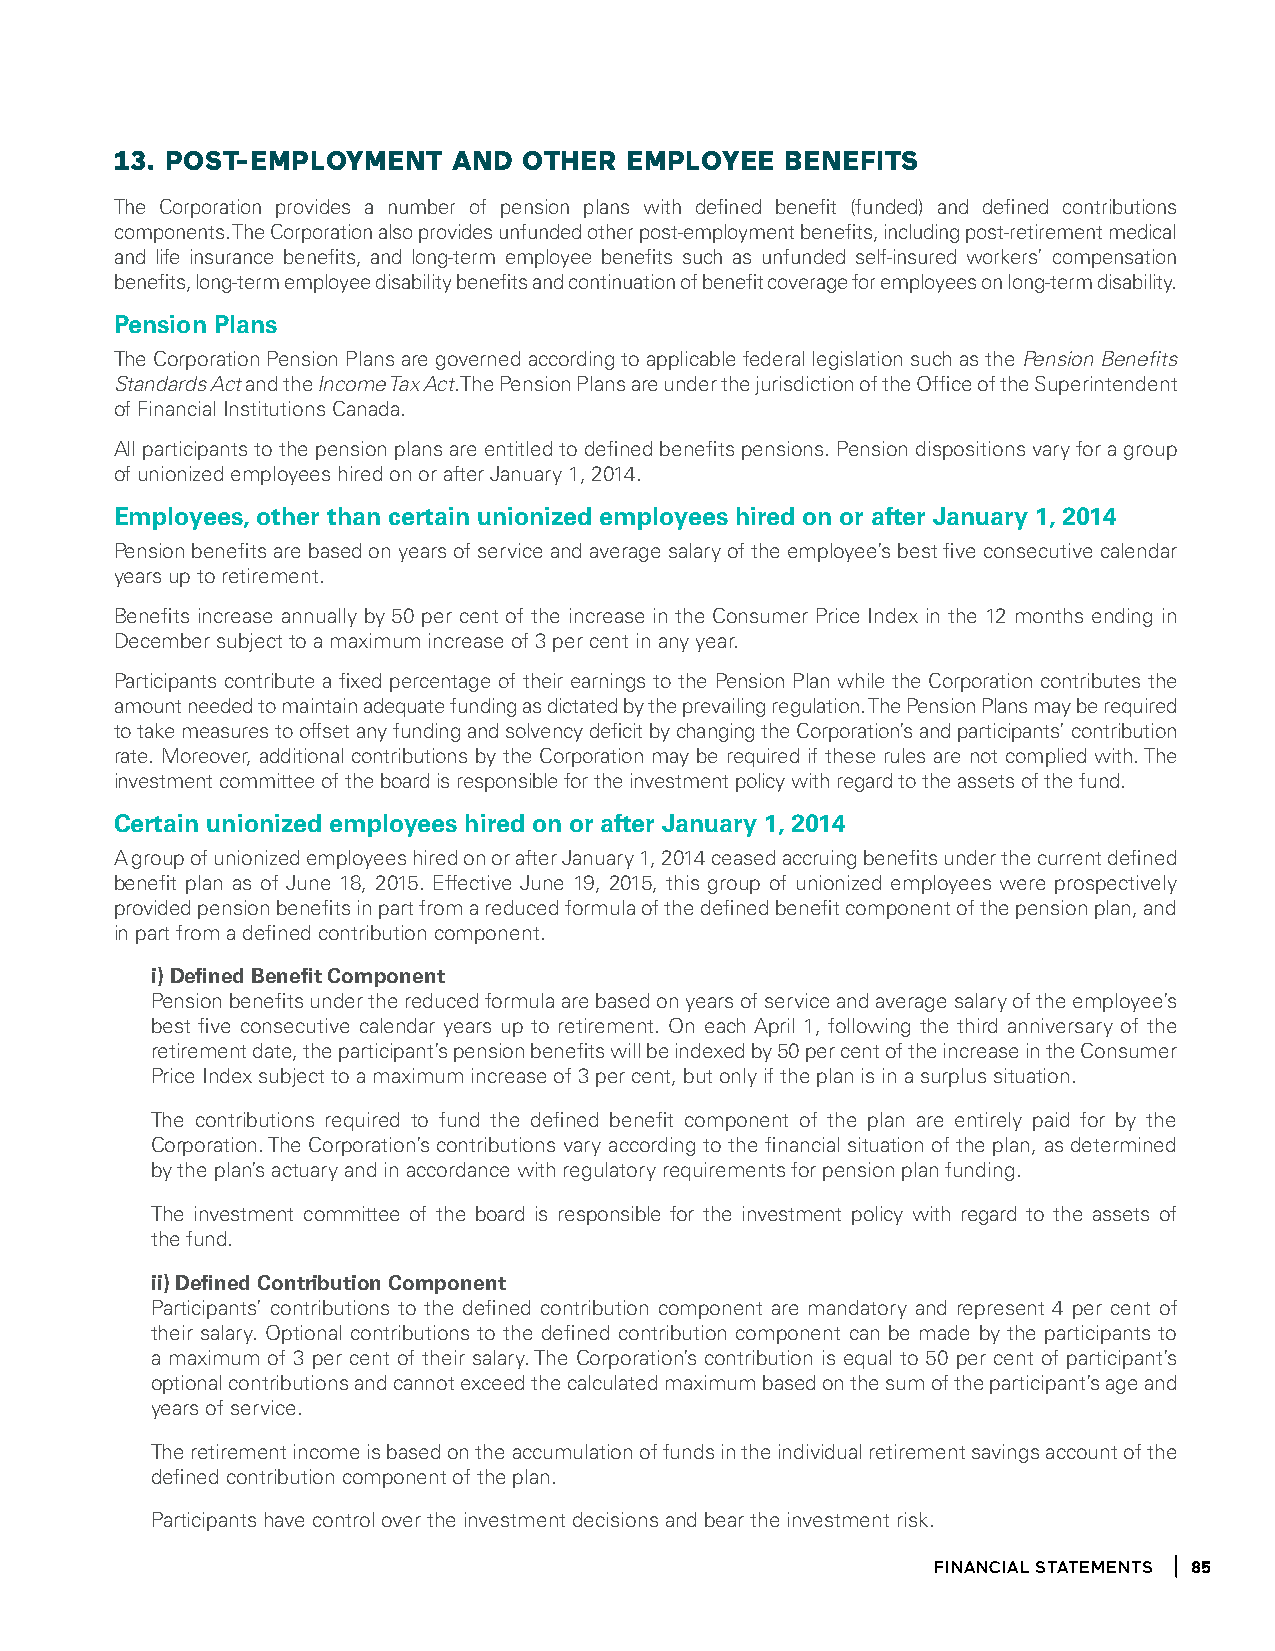
13. POSt-emPlOYment   anD  OtHeR emPlOYee   BeneFitS
 The Corporation provides a number of pension plans with defined benefit (funded) and defined contributions
 components. The Corporation also provides unfunded other post-employment benefits, including post-retirement medical
 and life insurance benefits, and long-term employee benefits such as unfunded self-insured workers’ compensation
 benefits, long-term employee disability benefits and continuation of benefit coverage for employees on long-term disability.
 Pension Plans
 The Corporation Pension Plans are governed according to applicable federal legislation such as the Pension Benefits
 Standards Act and the Income Tax Act. The Pension Plans are under the jurisdiction of the Office of the Superintendent
 of Financial Institutions Canada.
 All participants to the pension plans are entitled to defined benefits pensions. Pension dispositions vary for a group
 of unionized employees hired on or after January 1, 2014.
 Employees, other than certain unionized employees hired on or after January 1, 2014
 Pension benefits are based on years of service and average salary of the employee’s best five consecutive calendar
 years up to retirement.
 Benefits increase annually by 50 per cent of the increase in the Consumer Price Index in the 12 months ending in
 December subject to a maximum increase of 3 per cent in any year.
 Participants contribute a fixed percentage of their earnings to the Pension Plan while the Corporation contributes the
 amount needed to maintain adequate funding as dictated by the prevailing regulation. The Pension Plans may be required
 to take measures to offset any funding and solvency deficit by changing the Corporation’s and participants’ contribution
 rate. Moreover, additional contributions by the Corporation may be required if these rules are not complied with. The
 investment committee of the board is responsible for the investment policy with regard to the assets of the fund.
 Certain unionized employees hired on or after January 1, 2014
 A group of unionized employees hired on or after January 1, 2014 ceased accruing benefits under the current defined
 benefit plan as of June 18, 2015. Effective June 19, 2015, this group of unionized employees were prospectively
 provided pension benefits in part from a reduced formula of the defined benefit component of the pension plan, and
 in part from a defined contribution component.
 i) Defined Benefit Component
 Pension benefits under the reduced formula are based on years of service and average salary of the employee’s
 best five consecutive calendar years up to retirement. On each April 1, following the third anniversary of the
 retirement date, the participant’s pension benefits will be indexed by 50 per cent of the increase in the Consumer
 Price Index subject to a maximum increase of 3 per cent, but only if the plan is in a surplus situation.
 The contributions required to fund the defined benefit component of the plan are entirely paid for by the
 Corporation. The Corporation’s contributions vary according to the financial situation of the plan, as determined
 by the plan’s actuary and in accordance with regulatory requirements for pension plan funding.
 The investment committee of the board is responsible for the investment policy with regard to the assets of
 the fund.
 ii) Defined Contribution Component
 Participants’ contributions to the defined contribution component are mandatory and represent 4 per cent of
 their salary. Optional contributions to the defined contribution component can be made by the participants to
 a maximum of 3 per cent of their salary. The Corporation’s contribution is equal to 50 per cent of participant’s
 optional contributions and cannot exceed the calculated maximum based on the sum of the participant’s age and
 years of service.
 The retirement income is based on the accumulation of funds in the individual retirement savings account of the
 defined contribution component of the plan.
 Participants have control over the investment decisions and bear the investment risk.
 financial statements 85